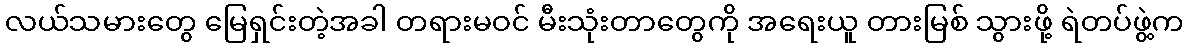
လယ်သမားတွေ မြေရှင်းတဲ့အခါ တရားမဝင် မီးသုံးတာတွေကို အရေးယူ တားမြစ် သွားဖို့ ရဲတပ်ဖွဲ့က